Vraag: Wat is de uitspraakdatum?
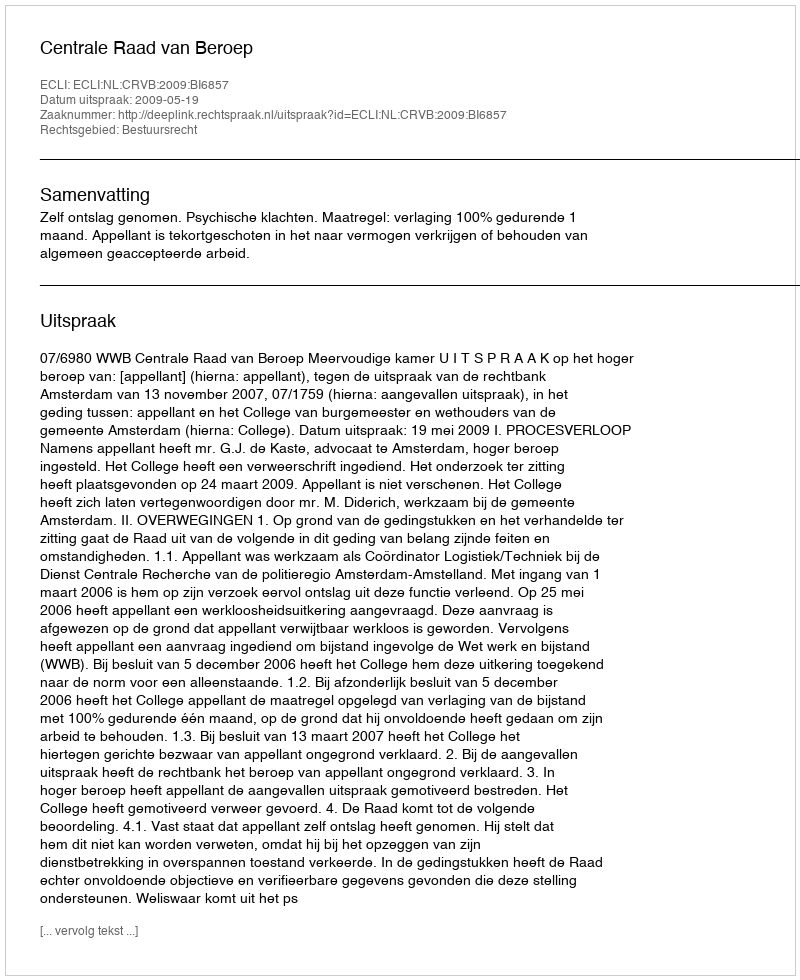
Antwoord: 2009-05-19